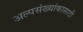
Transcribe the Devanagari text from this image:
अल्पसंख्यांकासाठी